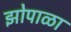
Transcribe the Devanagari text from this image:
झोपाळा